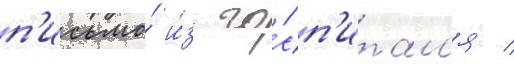
п'исьмо́ и́з го́сп'итал'я /